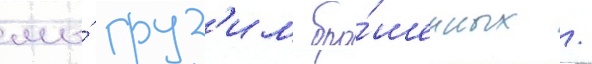
мы́ груз'им бро́шенных /